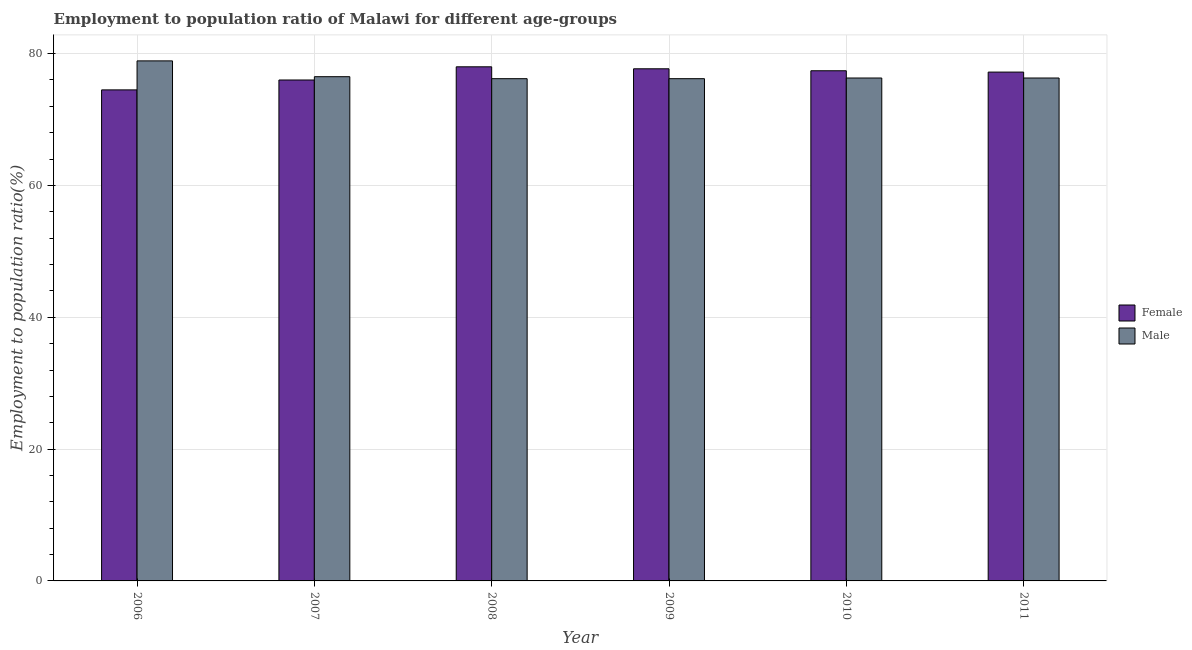
| Year | Female | Male |
 | --- | --- | --- |
 | 2006 | 74.5 | 78.9 |
 | 2007 | 76 | 76.5 |
 | 2008 | 78 | 76.2 |
 | 2009 | 77.7 | 76.2 |
 | 2010 | 77.4 | 76.3 |
 | 2011 | 77.2 | 76.3 |